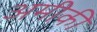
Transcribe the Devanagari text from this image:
अमीकी